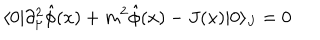
LaTeX: \langle 0 | \partial _ { \mu } ^ { 2 } \hat { \phi } ( x ) + m ^ { 2 } \hat { \phi } ( x ) - J ( x ) | 0 \rangle _ { J } = 0